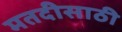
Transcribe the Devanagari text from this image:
मतदीसाठी